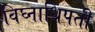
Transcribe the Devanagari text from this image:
विघ्नाधिपती